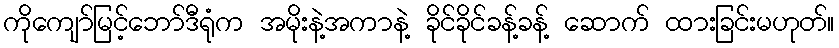
ကိုကျော်မြင့်ဘော်ဒီရုံက အမိုးနဲ့အကာနဲ့ ခိုင်ခိုင်ခန့်ခန့် ဆောက် ထားခြင်းမဟုတ်။